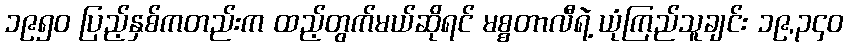
၁၉၅၀ ပြည့်နှစ်ကတည်းက ထည့်တွက်မယ်ဆိုရင် မစ္စတာလီရဲ့ ယုံကြည်သူချင်း ၁၉,၃၄၀